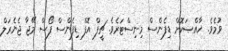
ވުމެވެ. ޚާއްޞަކޮށް ޑިފެންސް މިނިސްޓަރެވެ. ޗީފް އޮފް ޑިފެންސް ފޯސް މޭޖާ ޖެނެރަލް